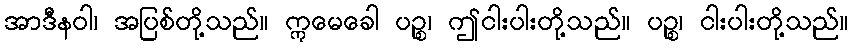
အာဒီနဝါ၊ အပြစ်တို့သည်။ ဣမေခေါ ပဉ္စ၊ ဤငါးပါးတို့သည်။ ပဉ္စ၊ ငါးပါးတို့သည်။